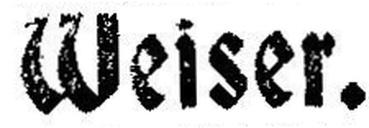
Weiser.